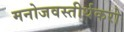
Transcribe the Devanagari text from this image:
मनोजवस्तीर्थकरो